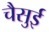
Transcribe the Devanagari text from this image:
चैसुई